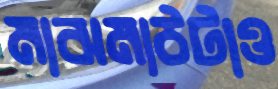
মাঝমাঠটাও